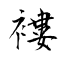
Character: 褸